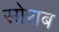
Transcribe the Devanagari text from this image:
सोराब